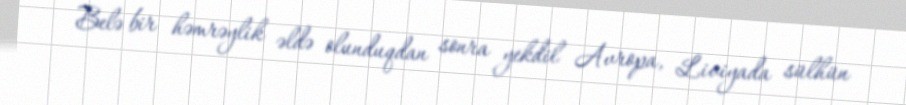
Belə bir həmrəylik əldə olunduqdan sonra yekdil Avropa, Liviyada sülhün